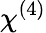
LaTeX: \chi^{(4)}